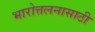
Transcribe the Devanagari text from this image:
भारोत्तलनासाठी